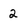
Character: 2